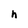
Character: h